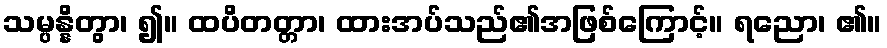
သမ္ပန္နိတွာ၊ ၍။ ထပိတတ္တာ၊ ထားအပ်သည်၏အဖြစ်ကြောင့်။ ရညော၊ ၏။